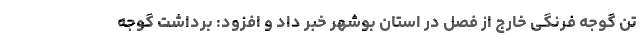
تن گوجه فرنگی خارج از فصل در استان بوشهر خبر داد و افزود: برداشت گوجه